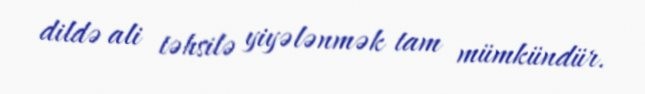
dildə ali təhsilə yiyələnmək tam mümkündür.